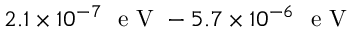
2 . 1 \times 1 0 ^ { - 7 } \ \mathrm { ~ e ~ V ~ } - 5 . 7 \times 1 0 ^ { - 6 } \ \mathrm { ~ e ~ V ~ }